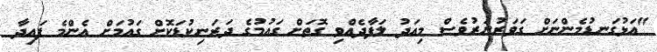
"އަޅުގަނޑުމެންނަށް ގަވަރުނަރުވެސް މިއަދު ލަފާދެއްވި ގޮތަށް ގައުމުގެ ދަރަނިކުޑަކޮށް ގައުމަށް އެންމެ ފައިދާ